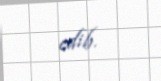
edib.